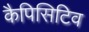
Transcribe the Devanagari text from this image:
कैपिसिटिव